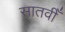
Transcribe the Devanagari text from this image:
सातवीँ